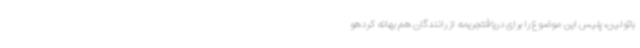
باتولین، پلیس این موضوع را برای دریافتجریمه از رانندگان هم بهانه کردهو